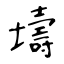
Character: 壔